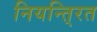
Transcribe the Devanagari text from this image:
नियन्ति्रत